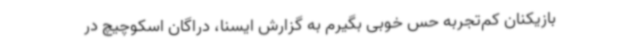
بازیکنان کم‌تجربه حس خوبی بگیرم به گزارش ایسنا، دراگان اسکوچیچ در